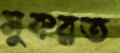
সুকরত